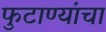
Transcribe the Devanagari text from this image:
फुटाण्यांचा